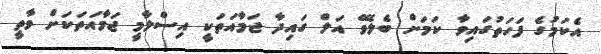
އެކަމުގެ ފަހަތުގައިވާ ކަމަށް ބެލެވޭ އަލް ގައިދާ ޖަމާއަތަކީ އިސްލާމީ ޖަމާއަތަކަށް ވާތީ